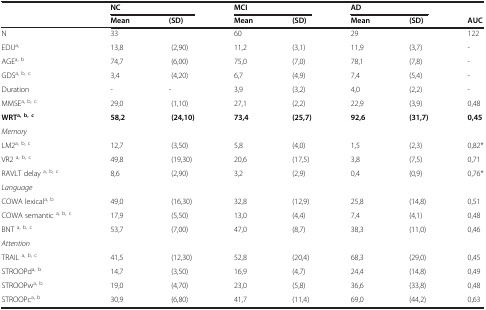
<table><thead><tr><td rowspan="2"><b> </b></td><td colspan="2"><b>NC</b></td><td colspan="2"><b>MCI</b></td><td colspan="2"><b>AD</b></td><td><b> </b></td></tr><tr><td><b>Mean</b></td><td><b>(SD)</b></td><td><b>Mean</b></td><td><b>(SD)</b></td><td><b>Mean</b></td><td><b>(SD)</b></td><td><b>AUC</b></td></tr></thead><tbody><tr><td>N</td><td>33</td><td> </td><td>60</td><td> </td><td>29</td><td> </td><td>122</td></tr><tr><td>EDU<sup>a,</sup></td><td>13,8</td><td>(2,90)</td><td>11,2</td><td>(3,1)</td><td>11,9</td><td>(3,7)</td><td>-</td></tr><tr><td>AGE<sup>a, b</sup></td><td>74,7</td><td>(6,00)</td><td>75,0</td><td>(7,0)</td><td>78,1</td><td>(7,8)</td><td>-</td></tr><tr><td>GDS<sup>a, b, c</sup></td><td>3,4</td><td>(4,20)</td><td>6,7</td><td>(4,9)</td><td>7,4</td><td>(5,4)</td><td>-</td></tr><tr><td>Duration</td><td>-</td><td>-</td><td>3,9</td><td>(3,2)</td><td>4,0</td><td>(2,2)</td><td>-</td></tr><tr><td>MMSE<sup>a, b, c</sup></td><td>29,0</td><td>(1,10)</td><td>27,1</td><td>(2,2)</td><td>22,9</td><td>(3,9)</td><td>0,48</td></tr><tr><td><b>WRT</b><sup><b>a, b, c</b></sup></td><td><b>58,2</b></td><td><b>(24,10)</b></td><td><b>73,4</b></td><td><b>(25,7)</b></td><td><b>92,6</b></td><td><b>(31,7)</b></td><td><b>0,45</b></td></tr><tr><td><i>Memory</i></td><td> </td><td> </td><td> </td><td> </td><td> </td><td> </td><td> </td></tr><tr><td>LM2<sup>a, b, c</sup></td><td>12,7</td><td>(3,50)</td><td>5,8</td><td>(4,0)</td><td>1,5</td><td>(2,3)</td><td>0,82*</td></tr><tr><td>VR2 <sup>a, b, c</sup></td><td>49,8</td><td>(19,30)</td><td>20,6</td><td>(17,5)</td><td>3,8</td><td>(7,5)</td><td>0,71</td></tr><tr><td>RAVLT delay <sup>a, b, c</sup></td><td>8,6</td><td>(2,90)</td><td>3,2</td><td>(2,9)</td><td>0,4</td><td>(0,9)</td><td>0,76*</td></tr><tr><td><i>Language</i></td><td> </td><td> </td><td> </td><td> </td><td> </td><td> </td><td> </td></tr><tr><td>COWA lexical<sup>a, b</sup></td><td>49,0</td><td>(16,30)</td><td>32,8</td><td>(12,9)</td><td>25,8</td><td>(14,8)</td><td>0,51</td></tr><tr><td>COWA semantic <sup>a, b, c</sup></td><td>17,9</td><td>(5,50)</td><td>13,0</td><td>(4,4)</td><td>7,4</td><td>(4,1)</td><td>0,48</td></tr><tr><td>BNT <sup>a, b, c</sup></td><td>53,7</td><td>(7,00)</td><td>47,0</td><td>(8,7)</td><td>38,3</td><td>(11,0)</td><td>0,46</td></tr><tr><td><i>Attention</i></td><td> </td><td> </td><td> </td><td> </td><td> </td><td> </td><td> </td></tr><tr><td>TRAIL <sup>a, b, c</sup></td><td>41,5</td><td>(12,30)</td><td>52,8</td><td>(20,4)</td><td>68,3</td><td>(29,0)</td><td>0,45</td></tr><tr><td>STROOPd<sup>a, b</sup></td><td>14,7</td><td>(3,50)</td><td>16,9</td><td>(4,7)</td><td>24,4</td><td>(14,8)</td><td>0,49</td></tr><tr><td>STROOPw<sup>a, b</sup></td><td>19,0</td><td>(4,70)</td><td>23,0</td><td>(5,8)</td><td>36,6</td><td>(33,8)</td><td>0,48</td></tr><tr><td>STROOPc<sup>a, b</sup></td><td>30,9</td><td>(6,80)</td><td>41,7</td><td>(11,4)</td><td>69,0</td><td>(44,2)</td><td>0,63</td></tr></tbody></table>